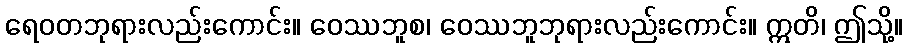
ရေဝတဘုရားလည်းကောင်း။ ဝေဿဘူစ၊ ဝေဿဘူဘုရားလည်းကောင်း။ ဣတိ၊ ဤသို့။